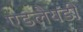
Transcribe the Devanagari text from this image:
एडलैयडी